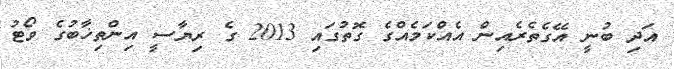
އަދި ބުނީ އޭގެތެރެއިން އެއްކަމެއްގެ ގޮތުގައި 2013 ގެ ރިޔާސީ އިންތިޚާބުގެ ވޯޓު